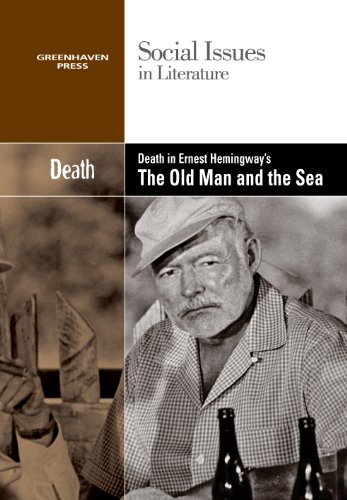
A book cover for Death in Ernest Hemingway's The Old Man and the Sea (Social Issues in Literature); Dedria Bryfonski; Teen & Young Adult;